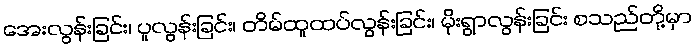
အေးလွန်းခြင်း၊ ပူလွန်းခြင်း၊ တိမ်ထူထပ်လွန်းခြင်း၊ မိုးရွာလွန်းခြင်း စသည်တို့မှာ